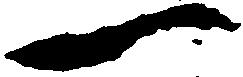
一